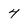
Character: 4